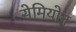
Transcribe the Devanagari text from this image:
सेमियोन